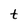
Character: t